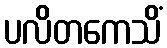
ပလိတကေသိံ